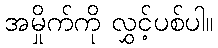
အမှိုက်ကို လွှင့်ပစ်ပါ။